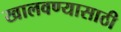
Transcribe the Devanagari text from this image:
खालवण्यासाठी